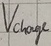
Text: Vcharge